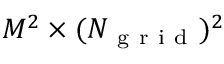
M ^ { 2 } \times ( N _ { { \mathrm { ~ g ~ r ~ i ~ d ~ } } } ) ^ { 2 }